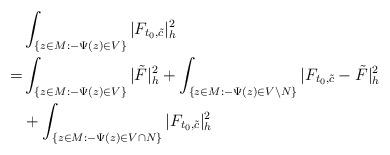
LaTeX: \begin{align*}&\int_{ \{z\in M:-\Psi(z)\in V\}}|F_{t_0,\tilde{c}}|^2_h\\= & \int_{\{z\in M:-\Psi(z)\in V\}}|\tilde F|^2_h+\int_{\{z\in M:-\Psi(z)\in V\backslash N\}}|F_{t_0,\tilde{c}}-\tilde F|^2_h\\&+\int_{ \{z\in M: -\Psi(z)\in V\cap N\}}|F_{t_0,\tilde{c}}|^2_h\end{align*}